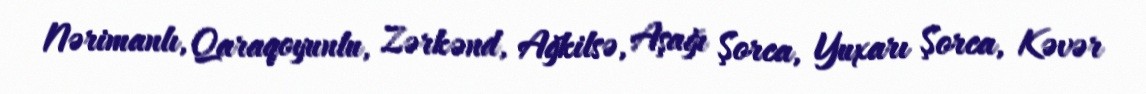
Nərimanlı, Qaraqoyunlu, Zərkənd, Ağkilsə, Aşağı Şorca, Yuxarı Şorca, Kəvər